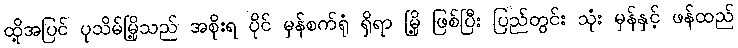
ထို့အပြင် ပုသိမ်မြို့သည် အစိုးရ ပိုင် မှန်စက်ရုံ ရှိရာ မြို့ ဖြစ်ပြီး ပြည်တွင်း သုံး မှန်နှင့် ဖန်ထည်